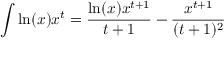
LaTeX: \int \ln ( x ) x ^ { t } = { \frac { \ln ( x ) x ^ { t + 1 } } { t + 1 } } - { \frac { x ^ { t + 1 } } { ( t + 1 ) ^ { 2 } } }